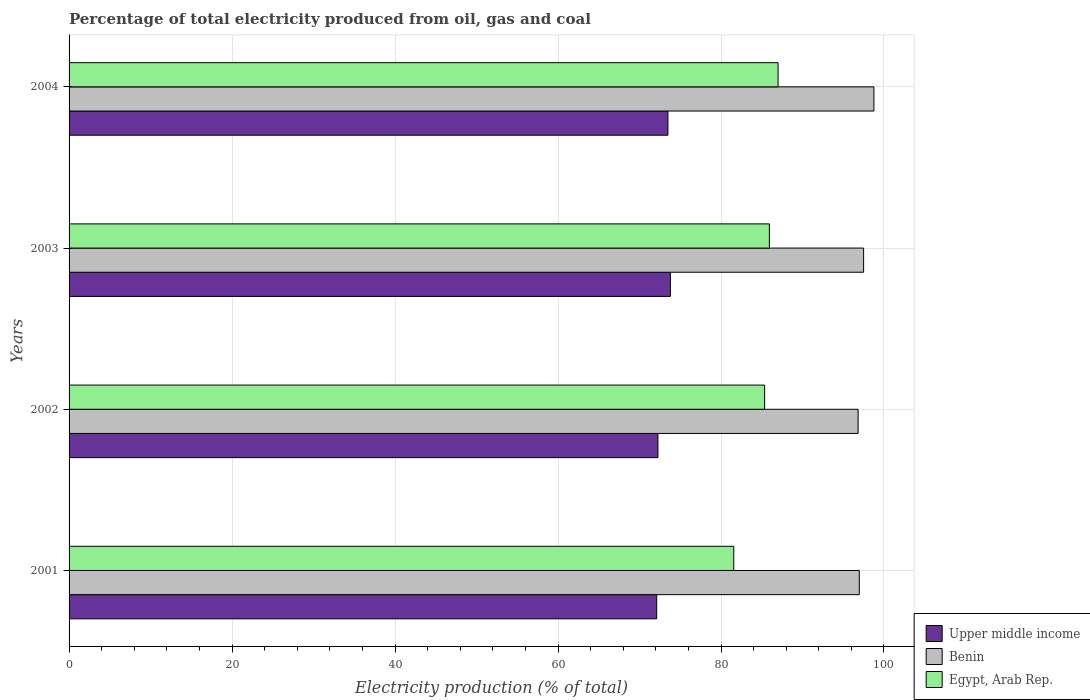
| Years | Upper middle income | Benin | Egypt, Arab Rep. |
 | --- | --- | --- | --- |
 | 2001 | 72.1 | 97 | 81.6 |
 | 2002 | 72.3 | 96.8 | 85.4 |
 | 2003 | 73.8 | 97.5 | 85.9 |
 | 2004 | 73.5 | 98.8 | 87 |